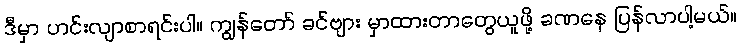
ဒီမှာ ဟင်းလျာစာရင်းပါ။ ကျွန်တော် ခင်ဗျား မှာထားတာတွေယူဖို့ ခဏနေ ပြန်လာပါ့မယ်။